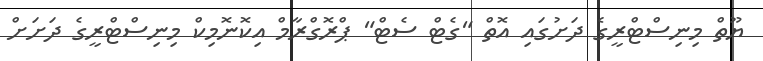
ޔޫތް މިނިސްޓްރީގެ ދަށުގައި އޮތް "ގެޓް ސެޓް" ޕްރޮގްރާމް އިކޮނޮމިކް މިނިސްޓްރީގެ ދަށަށް